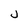
Character: j